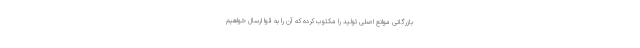
بازرگانی موانع اصلی تولید را مکتوب کرده که آن را به قوا ارسال خواهیم